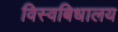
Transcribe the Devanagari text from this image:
विस्वबिधालय